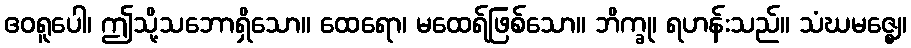
ဧဝရူပေါ၊ ဤသို့သဘောရှိသော။ ထေရော၊ မထေရ်ဖြစ်သော။ ဘိက္ခု၊ ရဟန်းသည်။ သံဃမဇ္ဈေ၊